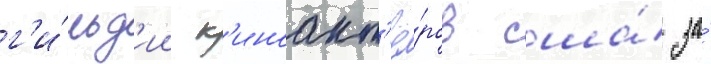
г'и́льд'ии к'иноакт'ё́ров сша́ за́